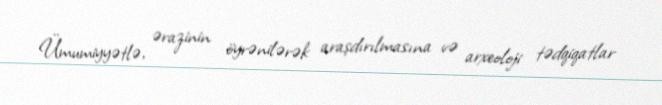
Ümumiyyətlə, ərazinin öyrənilərək araşdırılmasına və arxeoloji tədqiqatlar